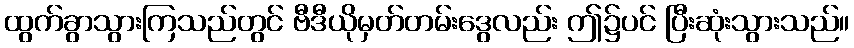
ထွက်ခွာသွားကြသည်တွင် ဗီဒီယိုမှတ်တမ်းဒွေလည်း ဤ၌ပင် ပြီးဆုံးသွားသည်။